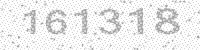
Solution: 161318